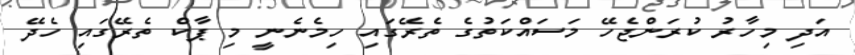
އަދި މިހާރު ކުރަންޖެހޭ މަސައްކަތުގެ ތެރޭގައި ހިމެނެނީ މި ޕާކް ތެރޭގައި ހެދޭ